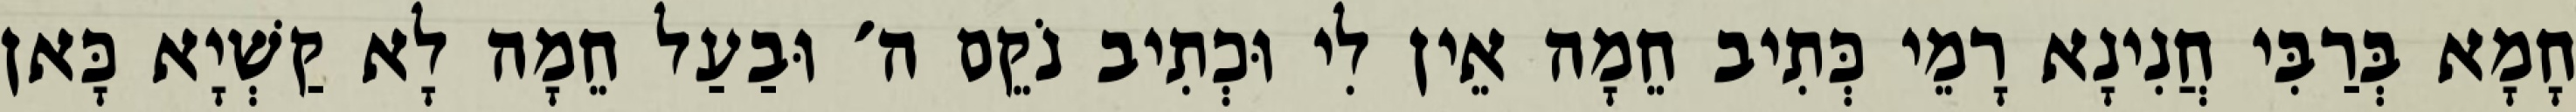
חָמָא בְּרַבִּי חֲנִינָא רָמֵי כְּתִיב חֵמָה אֵין לִי וּכְתִיב נֹקֵם ה׳ וּבַעַל חֵמָה לָא קַשְׁיָא כָּאן